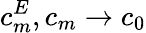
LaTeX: c_{m}^{E},c_{m}\to c_{0}